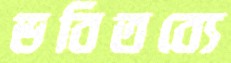
ভবিতব্যে